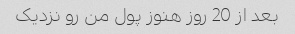
بعد از 20 روز هنوز پول من رو نزدیک